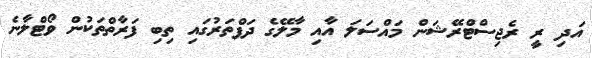
އަދި ރީ ރެޖިސްޓްރޭޝަން މައްސަލަ އާއި މާލޭގެ ދަފްތަރުގައި ތިބި ފަރާތްތަކުން ވޯޓްލާނެ